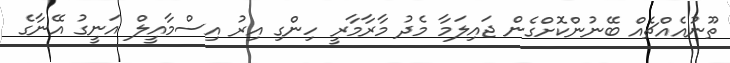
ތޫނުއެއްޗެއް ބޭނުންކޮށްގެން ޖައިލަމާ މެދު މާރާމާރީ ހިންގި އިރު އިސްމާއީލް އަނީގު އޭނާގެ